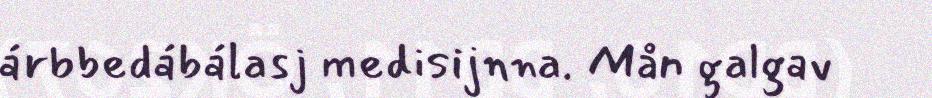
árbbedábálasj medisijnna. Mån galgav